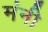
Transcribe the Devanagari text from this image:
मंनी